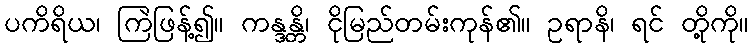
ပကိရိယ၊ ကြဲဖြန့်၍။ ကန္ဒန္တိ၊ ငိုမြည်တမ်းကုန်၏။ ဥရာနိ၊ ရင် တို့ကို။